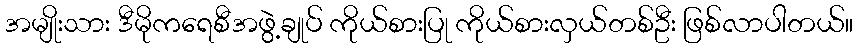
အမျိုးသား ဒီမိုကရေစီအဖွဲ့ချုပ် ကိုယ်စားပြု ကိုယ်စားလှယ်တစ်ဦး ဖြစ်လာပါတယ်။